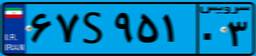
۶۷S۹۵۱۰۳